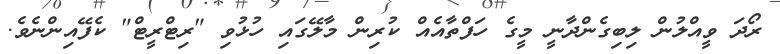
ރޯދަ ވީއްލުން ލިބިގެންދާނީ މީގެ ހަފްތާއެއް ކުރިން މާލޭގައި ހުޅުވި "ރިޓްރީޓް" ކެފޭއިންނެވެ.